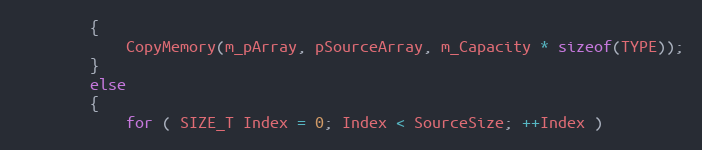
Language: C
        {
            CopyMemory(m_pArray, pSourceArray, m_Capacity * sizeof(TYPE));
        }
        else
        {
            for ( SIZE_T Index = 0; Index < SourceSize; ++Index )